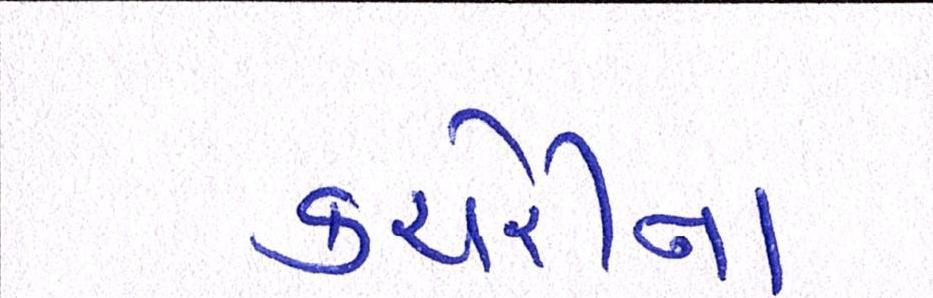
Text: કચેરીના